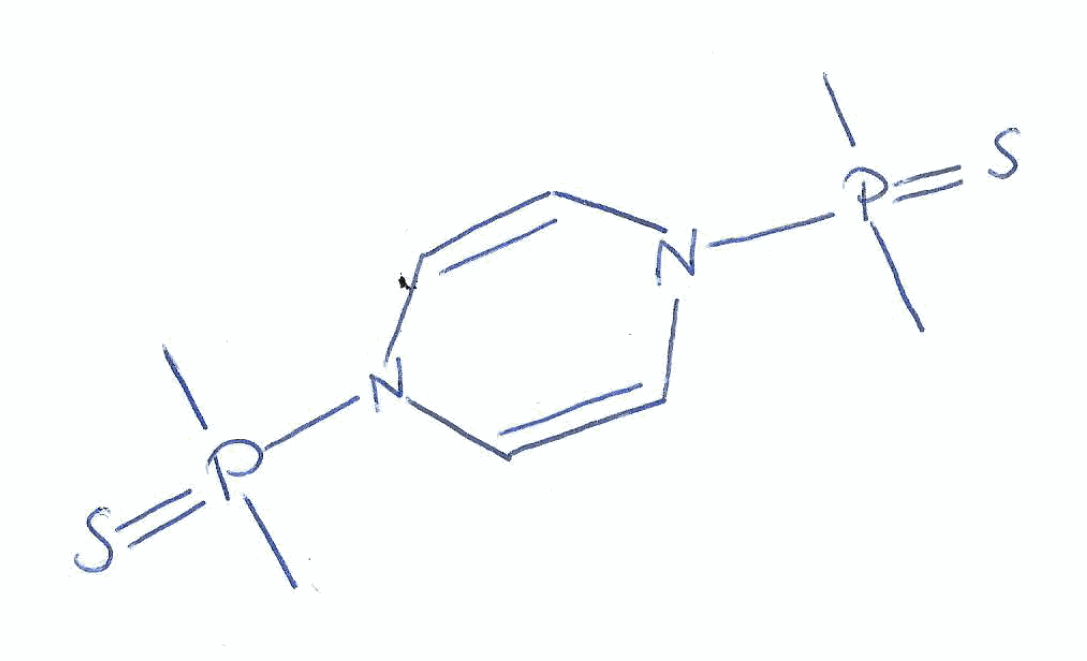
Simplified molecular-input line-entry system (SMILES) notation of the given molecule:
CP(=S)(C)N1C=CN(C=C1)P(=S)(C)C